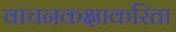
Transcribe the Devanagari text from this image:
वाचनकक्षाकरिता